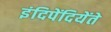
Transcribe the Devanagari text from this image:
इंदिपेंदियेंते